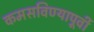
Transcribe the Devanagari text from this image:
कमसविण्यापूर्वी